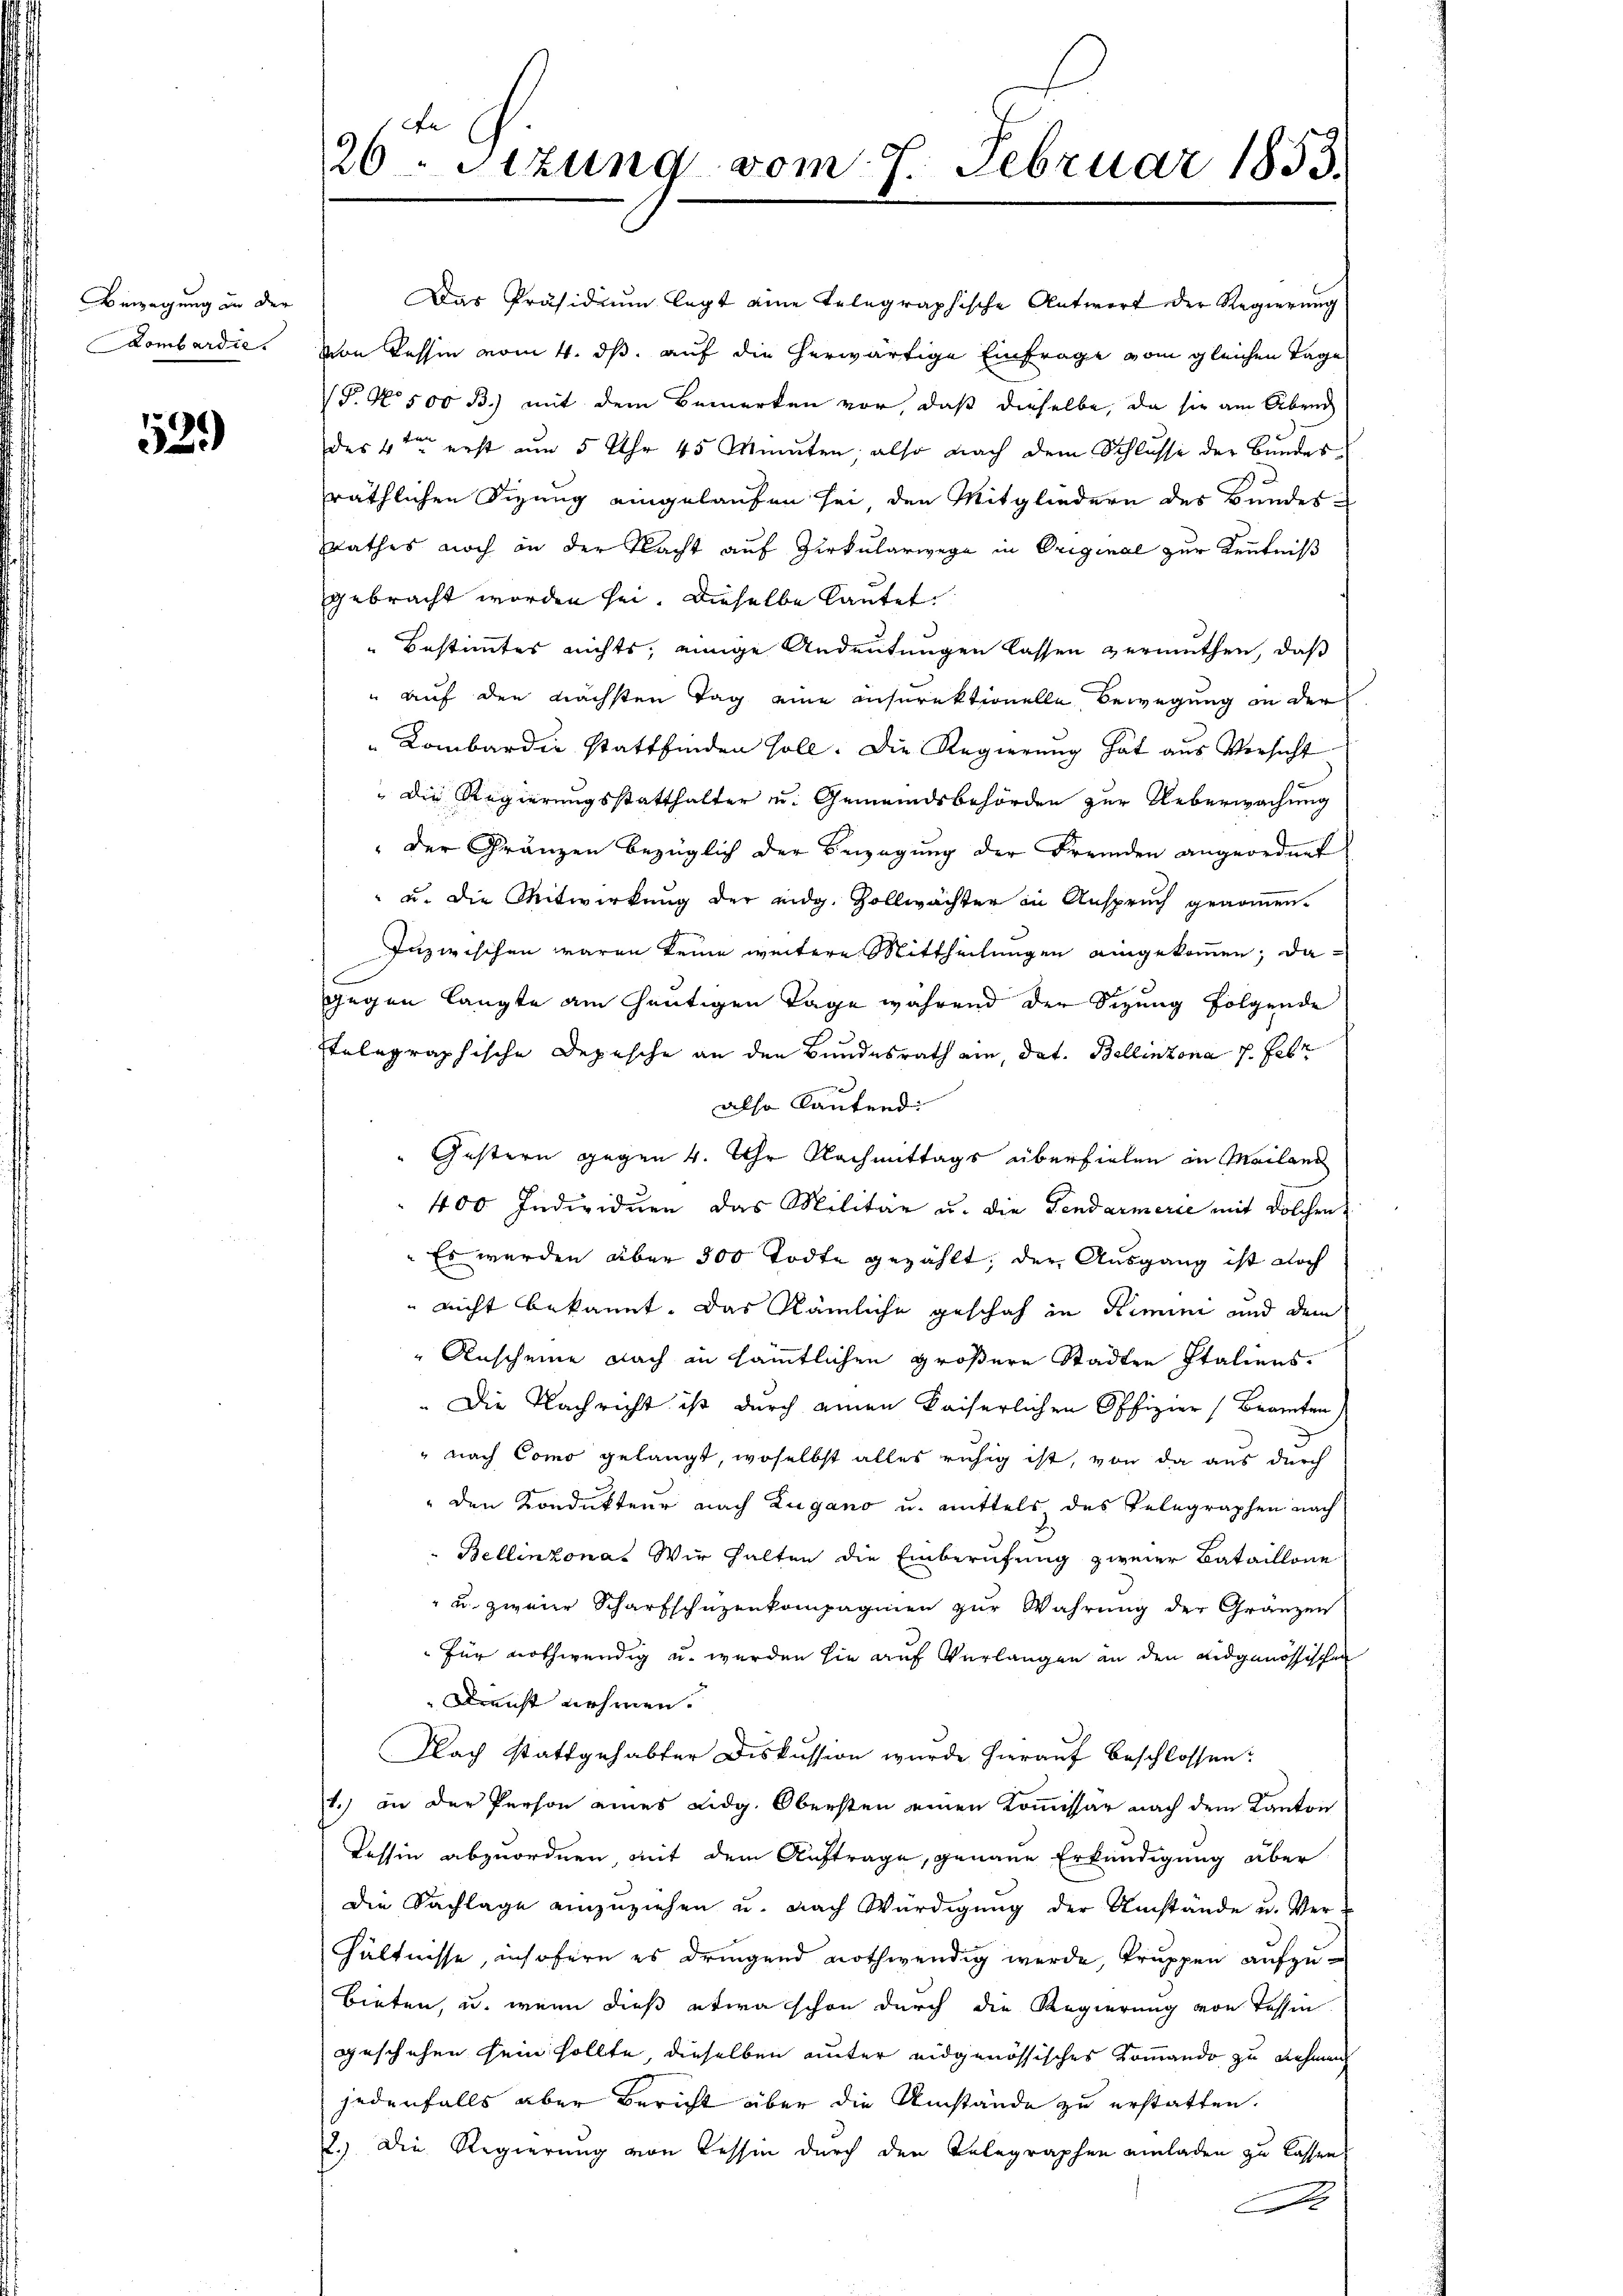
Bewegung an der
ombardie

529

26. Sizung vom 7. Februar 1833.

Das Präsidium legt eine Telegraphische Antwort der Regierung
von Tessin vom 4. ds. auf die herwärtige Einfrage vom gleichen Tage
P. No 500 B.) mit dem Bemerken vor, daß dieselbe, da sie am Abend
des 4ten erst um 5 Uhr 45 Minuten also nach dem Schlŭsse der Bŭndes-
räthlichen Sizung eingelaufen sei den Mitgliedern des Bundesrathes noch an der Nacht auf Zirkularwege in Original zur Kenntniß
gebracht worden sei. Dieselbe lautet.
Bestimmtes nichts, einige Andeutungen lassen vermuthen, daß
" auf den nächsten Tag eine inserektionelle Bewegung in der
Kombardić stattfinden soll. Die Regierung hat aus Versicht
 Die Regierungsstatthalter u. Gemeindsbehörden zur Ueberwachung
" der Gränzen bezüglich der Beizigung der Fremden angeordnet
" u. die Mitwirkung der eidg. Zollwächter in Anspruch genomen.
Inzwischen waren keine weitere Mittheilungen angekommen; dagegen langte am heutigen Tage während der Sizung folgende
Etelegraphische Depesche an den Bundesrath am dat. Bellinzona v. Febr
also lautend:
"Gestern gegen 4. Uhr Nachmittags überfielen in Mailand
400 Individuen das Militär u. die Gendarmerie mit Solchen
Es werden aber 300 Todte gezählt, der Ausgang ist noch
nicht bekannt. Das nämliche geschah in Remini und dem
Anscheine nach in sämmtlichen größere Städten Italiens.
.Die Nachricht ist durch einen Kaiserlichen Offizier (Beamten
" nach Como gelangt, woselbst alles ruhig ist, von da aus durch
" den Kondukteur nach Zugano u. mittels des Telegraphen nach
Bellinzonas Wir halten die Einberufung zweier Bataillone
" u. zweier Scharfschuzenkompagnien zur Wahrung der Gränzen
für nothwendig u. werden sie auf Verlangen in den eidgenössischen
Dreicht nehmen.
Flach stattgehabter Diskussion wurde hierauf beschlossen:
1.) an der Person eines Eidg. Obersten einen Kommissär nach dem Kanton
Tessin abzuordnen, mit dem Auftrage, genaue Erkundigung aber
die Sachlage einzuziehen u. nach Würdigung der Umstände u. Verhältnisse, insofern es dringend nothwendig werde, Truppen aufzubieten, u. wenn dieß etwa schon durch die Regierung von Tessin
geschehen sein sollte, dieselben unter eidgenössisches Kommando zu nehmen
jedenfalls aber Bericht über die Umstände zu erstatten.
2.) Die Regierung von Tessin durch den Telegraphen einladen zu lassen,
I